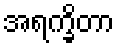
အရက္ခိတာ